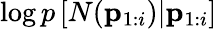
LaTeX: \log p\left[N(\mathbf{p}_{1:i})|\mathbf{p}_{1:i}\right]